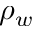
\rho _ { w }